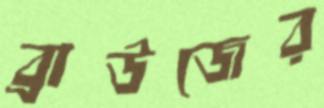
ব্রাউজের